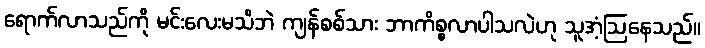
ရောက်လာသည်ကို မင်းလေးမသိဘဲ ကျန်စစ်သား ဘာကိစ္စလာပါသလဲဟု သူအံ့ဩနေသည်။